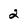
Character: 2